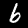
Digit: 6